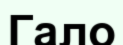
Гало